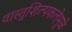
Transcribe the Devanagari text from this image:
वास्तुशिल्पकलेमुळे